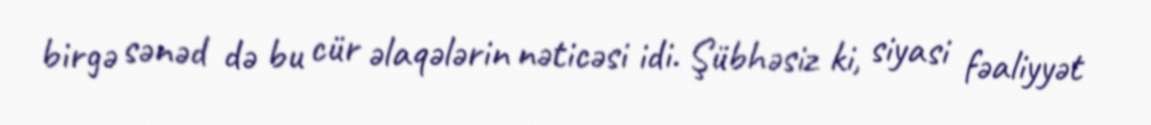
birgə sənəd də bu cür əlaqələrin nəticəsi idi. Şübhəsiz ki, siyasi fəaliyyət